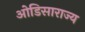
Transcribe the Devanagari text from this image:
ओडिसाराज्य